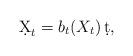
LaTeX: \begin{align*} \d X_t=b_t(X_t)\, \d t, \end{align*}